Report on sanitation, dispensaries, and jails in Rajputana for 1911, and on vaccination for the year 1911-1912 - 1911-1912
Year: 1911
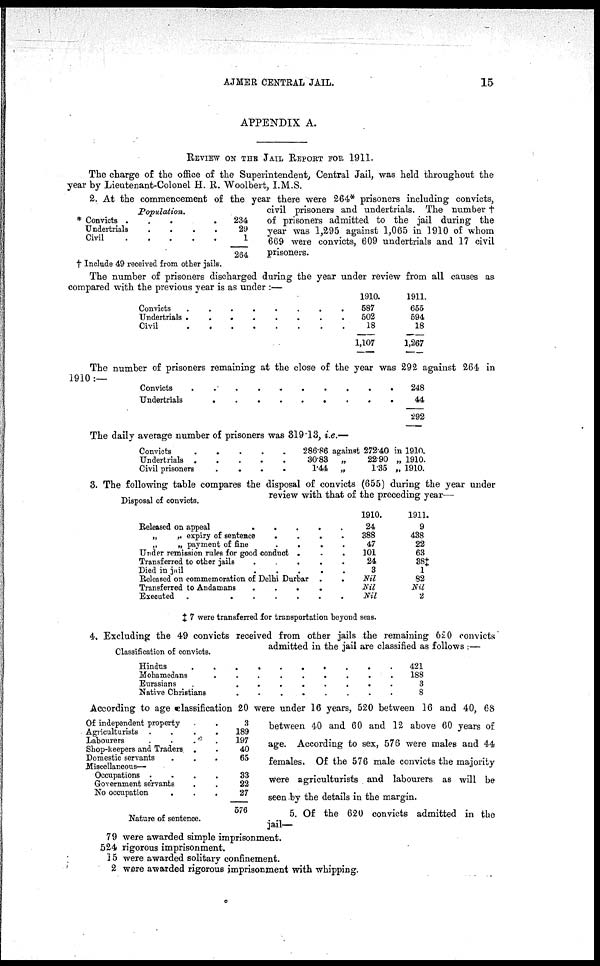
AJMER CENTRAL JAIL.
15
APPENDIX A.
REVIEW ON THE JAIL REPORT FOR 1911.
The charge of the office of the Superintendent, Central Jail, was held throughout the
year by Lieutenant-Colonel H. R. Woolbert, I.M.S.
Population.
* Convicts . . . .
Undertrials
.
.
.
.
Civil
.
.
.
.
.
234
29
1
264
† Include 49 received from other jails.
2. At the commencement of the year there were 264* prisoners including convicts,
civil prisoners and undertrials. The number †
of prisoners admitted to the jail during the
year was 1,295 against 1,065 in 1910 of whom
669 were convicts, 609 undertrials and 17 civil
prisoners.
The number of prisoners discharged during the year under review from all causes as
compared with the previous year is as under :—
Convicts . . . . . .
Undertrials . . . .
Civil
.
.
.
.
.
1910.
587
502
18
1,107
1911.
655
594
18
1,267
The number of prisoners remaining at the close of the year was 292 against 264 in
1910:—
Convicts . . . . . . .
Undertrials . . . . . . .
248
44
292
The daily average number of prisoners was 319.13, i.e.—
Convicts . . . . . .
Undertrials
.
.
.
.
.
.
Civil prisoners
.
.
.
.
.
.
286.86 against 272.40 in 1910.
30.83
„
22.90 „ 1910.
1.44
„
1.35 „ 1910.
Disposal of convicts.
3. The following table compares the disposal of convicts (655) during the year under
review with that of the preceding year—
Released on appeal
.
.
.
.
.
.
„
„ expiry of sentence
.
.
.
.
.
.
„
„ payment of
fine
.
.
.
.
.
.
Under remission rules for good conduct . . . . . .
Transferred to other jails
.
.
.
.
.
.
Died in jail
.
.
.
.
.
.
Released on commemoration of Delhi Durbar .
.
Transferred to Andamans
.
.
.
.
.
.
Executed
.
.
.
.
.
.
1910.
24
388
47
101
24
3
Nil
Nil
Nil
1911.
9
438
22
63
38+
1
82
Nil
2
‡ 7 were transferred for transportation beyond seas.
Classification of convicts.
4. Excluding the 49 convicts received from other jails the remaining 620 convicts
admitted in the jail are classified as follows :—
Hindus . . . . . .
Mohamedans . . . . . .
Eurasians . . . . . .
Native Christians . . . . . .
421
188
3
8
Of independent property . . . . . .
Agriculturists . . . . . .
Labourers
.
.
.
.
.
.
Shop-keepers and Traders . . . . . .
Domestic servants . . . . . .
Miscellaneous—
Occupations
....
Government servants
No occupation . . . . . .
3
189
197
40
65
33
22
27
576
Nature of sentence.
According to age classification 20 were under 16 years, 520 between 16 and 40, 68
between 40 and 60 and 12 above 60 years of
age. According to sex, 576 were males and 44
females. Of the 576 male convicts the majority
were agriculturists and labourers as will be
seen by the details in the margin.
5. Of the 620 convicts admitted in the
jail—
79
524
15
2
were awarded simple imprisonment.
rigorous imprisonment.
were awarded solitary confinement.
were awarded rigorous imprisonment with whipping.